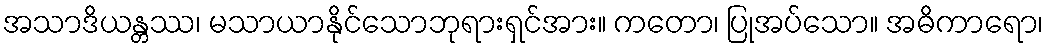
အသာဒိယန္တဿ၊ မသာယာနိုင်သောဘုရားရှင်အား။ ကတော၊ ပြုအပ်သော။ အဓိကာရော၊